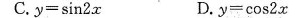
C.$$y = \sin 2 x$$ D.$$y = \cos 2 x$$